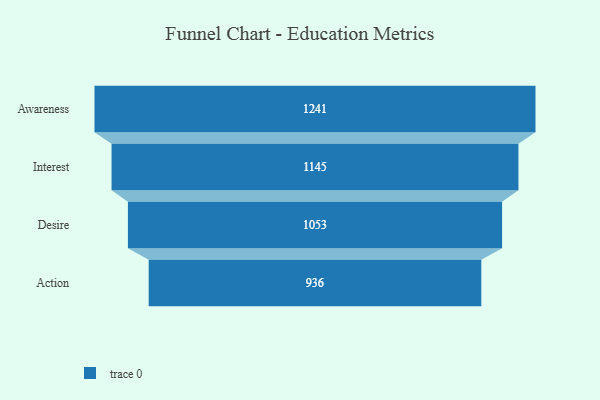
{"axis": {"x": "Stage", "y": "Value"}, "legend": [""], "data": [{"x": "Awareness", "y": 1241.0, "type": ""}, {"x": "Interest", "y": 1145.0, "type": ""}, {"x": "Desire", "y": 1053.0, "type": ""}, {"x": "Action", "y": 936.0, "type": ""}]}